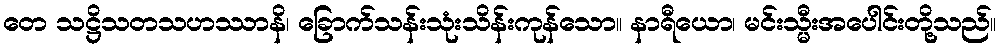
တေ သဋ္ဌိသတသဟဿာနိ၊ ခြောက်သန်းသုံးသိန်းကုန်သော။ နာရီယော၊ မင်းသ္မီးအပေါင်းတို့သည်။